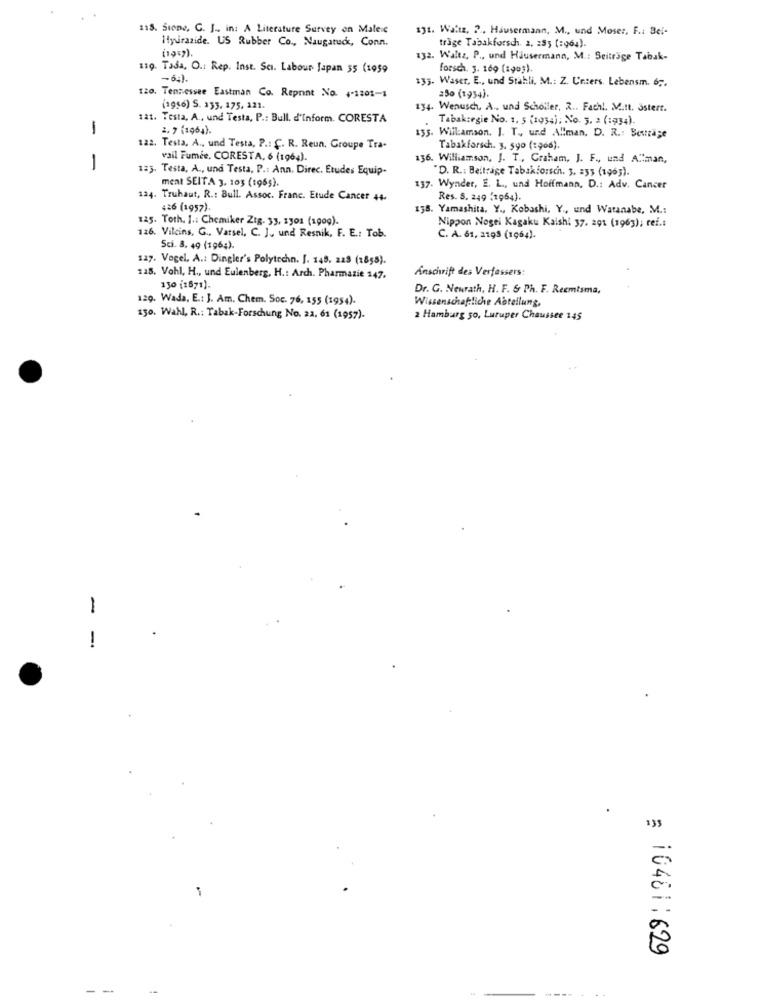
118. Stone, G. J ., in: A Literature Survey on Maleie
131. Waltz, 2 .. Hausermann, M ., und Moser, F .: Bei-
Hydrazide. US Rubber Co ., Naugatuck, Conn.
träge Tabakforsch. 2. 255 [:964).
(1957).
132. Waltz, P ., und Häusermann, M .: Beiträge Tabak-
119. Tada, O .: Rep. Inst. Sci. Labour Japan 35 (1959
forsch. 3. 169 (1993).
133. Waser, E ., und Stahli, M .: Z. Unters. Lebensm. 6 ;.
250 (1934).
120. Tennessee Eastman Co. Reprint No. 4-1201-1
(1986) S. 133. 175, 121.
134. Wenusch, A .. und Scholler, 2 .. Fach !. Mitt. östert.
tat. Testa, A ., und Testa, P .: Bull. d'Inform. CORESTA
Tabakregie No. 1. 5 (1934); No. 3. : (:934).
1
1. 7 (1064).
155. Williamson. J. T ., und Allman. D. R .: Beträge
122. Testa, A ., und Testa, P .: C. R. Reun. Groupe Tra-
Tabakforsch. 3. 590 (1966).
vail Fumée, CORESTA, 6 (1964).
136. Williamson, J. T ., Graham, J. F ., und A""man,
-
123. Testa, A ., und Testa, P .: Ann. Direc. Etudes Equip-
"D. R .: Beitrage Tabakforsch. 3. 255 (1965).
ment SEITA 3, 103 (1965).
137. Wynder, E. L ., und Hoffmann, D .: Adv. Cancer
124. Truhaut, R .: Bull. Assoc. Franc. Etude Cancer 44-
Res. 5. 249 (1954).
426 (1957).
138. Yamashita. Y ., Kobashi, Y ., und Watanabe, M .:
125. Toth. 1 .: Chemiker Zig. 33, 1301 (1009).
Nippon Nogei Kagaku Kaishi 37. 201 (1963); ref .:
126. Vilcins, G ., Varsel, C. J ., und Resnik, F. E .: Tob.
C. A. 61, 2195 (1964).
Sci. 8. 49 (196;).
127. Vogel. A .: Dingler's Polytechn. J. 148. za8 (1858).
128. Vohl, H ., und Eulenberg, H .: Arch. Pharmazie 147.
Ansówift des Verfassers:
130 [1671).
Dr. G. Newrath, H. F. & Ph. F. Reemtsma,
129. Wada, E .: J. Am. Chem. Soc. 76, 155 (1954).
Wissenschaftliche Abteilung,
150. Wahl, R .: Tabak-Forschung No. 22. 61 (1957)-
2 Hamburg 50, Luruper Chaussee 145
1
-
135
-
: 10481;629
-